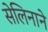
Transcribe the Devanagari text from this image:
सेलिनाने